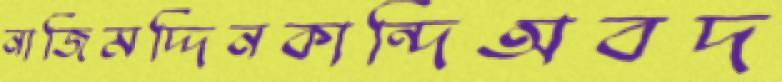
নাজিমদ্দিনকান্দিঅবদ